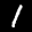
Label: 1